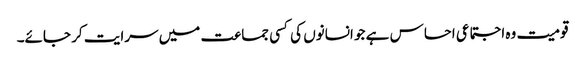
قومیت وہ اجتماعی احساس ہے جو انسانوں کی کسی جماعت میں سرایت کر جائے۔